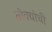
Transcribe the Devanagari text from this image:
तोक्योची